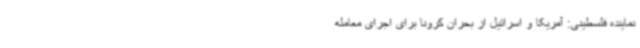
نماینده فلسطینی: آمریکا و اسرائیل از بحران کرونا برای اجرای معامله